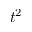
t ^ { 2 }